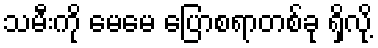
သမီးကို မေမေ ပြောစရာတစ်ခု ရှိလို့